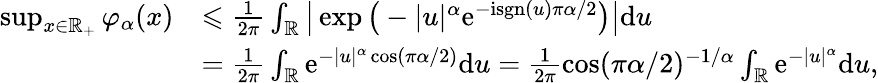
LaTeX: \begin{array}{rl}{\operatorname*{sup}_{x\in\mathbb{R}_{+}}\varphi_{\alpha}(x)}&{\leqslant\frac{1}{2\pi}\int_{\mathbb{R}}\big|\exp\big(-|u|^{\alpha}\mathrm{e}^{-\mathrm{i}\mathrm{sgn}(u)\pi\alpha/2}\big)\big|\mathrm{d}u}\\ &{=\frac{1}{2\pi}\int_{\mathbb{R}}\mathrm{e}^{-|u|^{\alpha}\cos(\pi\alpha/2)}\mathrm{d}u=\frac{1}{2\pi}\cos(\pi\alpha/2)^{-1/\alpha}\int_{\mathbb{R}}\mathrm{e}^{-|u|^{\alpha}}\mathrm{d}u,}\end{array}